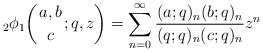
\begin{align*}&_2 \phi_1 \biggl( {a,b\atop{c}} ;q, z \biggr) = \sum_{n=0}^{\infty} \frac{(a ;q)_n (b ;q)_n}{(q;q)_n ( c ;q)_n} z^n \end{align*}